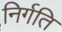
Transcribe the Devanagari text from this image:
निर्गति